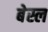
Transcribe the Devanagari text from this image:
बेस्ल